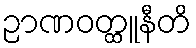
ဉာဏဝတ္ထူနီတိ